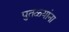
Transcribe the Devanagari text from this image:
पुतळ्यांना